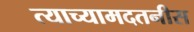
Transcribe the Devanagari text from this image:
त्याच्यामदतनीस